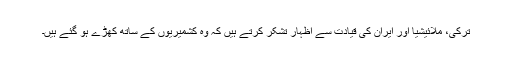
ترکی، ملائیشیا اور ایران کی قیادت سے اظہار تشکر کرتے ہیں کہ وہ کشمیریوں کے ساتھ کھڑے ہو گئے ہیں۔